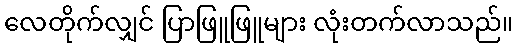
လေတိုက်လျှင် ပြာဖြူဖြူများ လုံးတက်လာသည်။